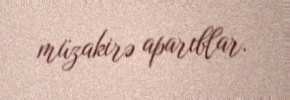
müzakirə aparıblar.